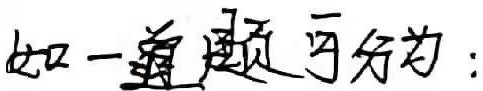
如一道题另行为：